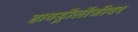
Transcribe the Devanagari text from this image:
हायड्रॉलॉजीवर